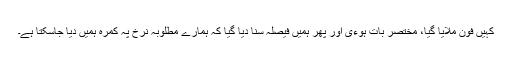
کہیں فون ملایا گیا، مختصر بات ہوءی اور پھر ہمیں فیصلہ سنا دیا گیا کہ ہمارے مطلوبہ نرخ پہ کمرہ ہمیں دیا جاسکتا ہے۔